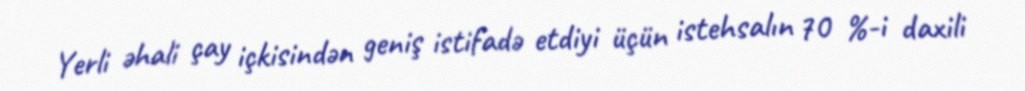
Yerli əhali çay içkisindən geniş istifadə etdiyi üçün istehsalın 70 %-i daxili